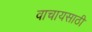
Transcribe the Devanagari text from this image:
वाचायसाठी